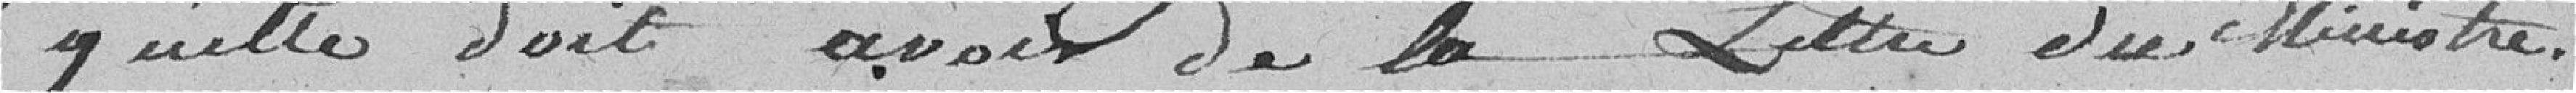
qu'elle doit avoir de la lettre du ministre.